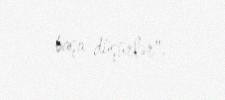
başa düşürlər".